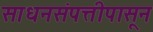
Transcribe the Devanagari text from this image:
साधनसंपत्तीपासून